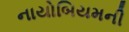
નાયોબિયમની